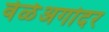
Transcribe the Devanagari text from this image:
वेळेअगोदर